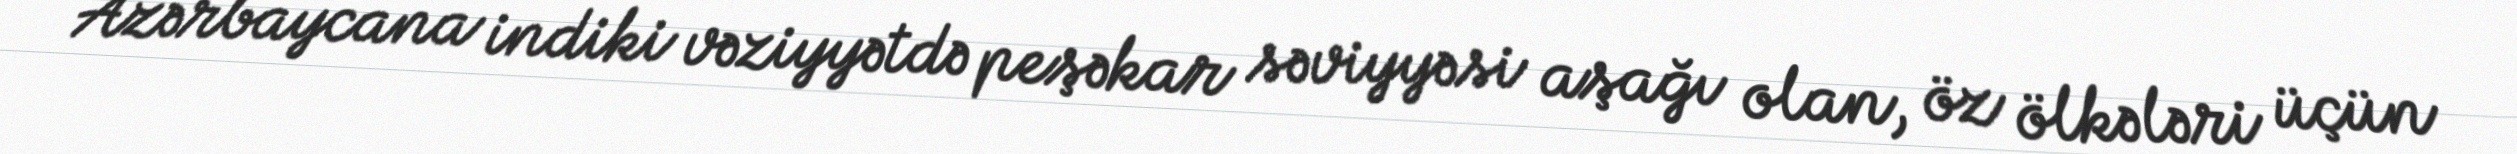
Azərbaycana indiki vəziyyətdə peşəkar səviyyəsi aşağı olan, öz ölkələri üçün